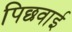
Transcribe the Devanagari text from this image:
पिछवाई